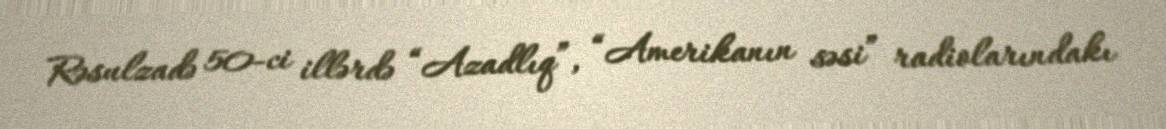
Rəsulzadə 50-ci illərdə “Azadlıq”, “Amerikanın səsi” radiolarındakı